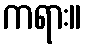
ကရား။